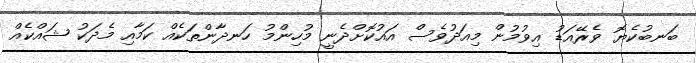
ބަނބުކެޔޮ ވެރޭއަޑު އިވުމުން މިއަދުވެސް އައުކޮށްދެނީ މުހިންމު ހަނދާންތަކެއް ކަމާއި މެދަކު ޝައްކެއް